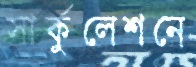
সার্কুলেশনে